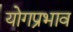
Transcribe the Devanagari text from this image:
योगप्रभाव